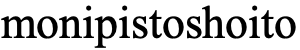
monipistoshoito